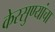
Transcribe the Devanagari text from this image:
केरसुण्यांचा